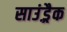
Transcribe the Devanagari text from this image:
साउंड़्रैक